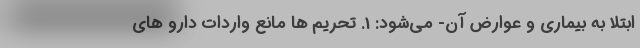
ابتلا به بیماری و عوارض آن- می‌شود: 1. تحریم ها مانع واردات دارو های